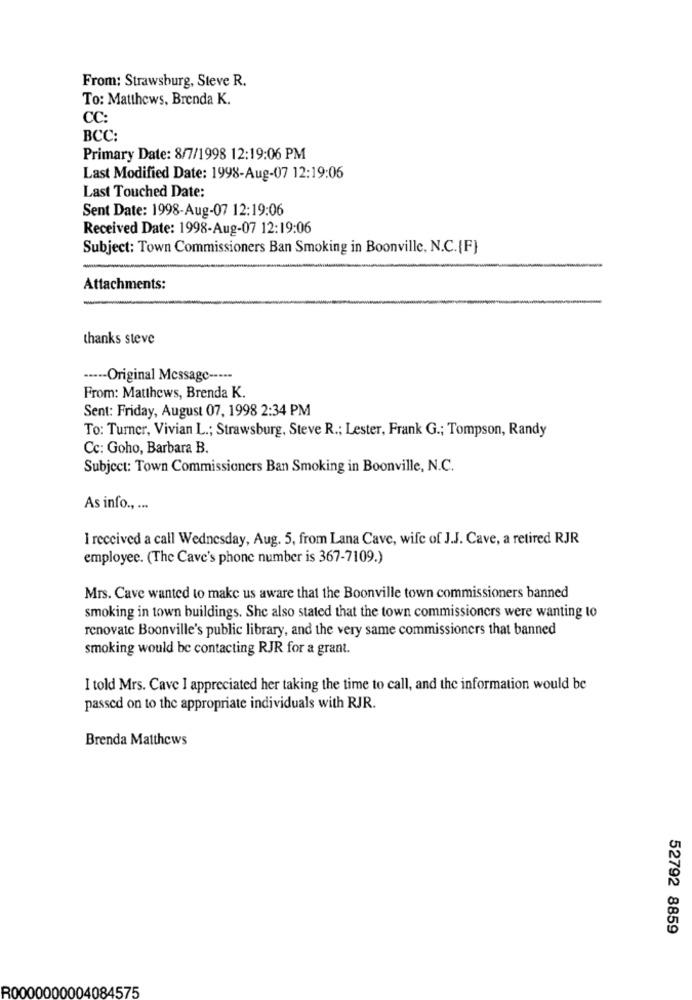
From: Strawsburg, Steve R.
To: Matthews, Brenda K.
CC:
BCC:
Primary Date: 8/7/1998 12:19:06 PM
Last Modified Date: 1998-Aug-07 12:19:06
Last Touched Date:
Sent Date: 1998-Aug-07 12:19:06
Received Date: 1998-Aug-07 12:19:06
Subject: Town Commissioners Ban Smoking in Boonville, N.C.{F}
Attachments:
thanks steve
----- Original Message -----
From: Matthews, Brenda K.
Sent: Friday, August 07, 1998 2:34 PM
To: Turner, Vivian L .; Strawsburg, Steve R .; Lester, Frank G .; Tompson, Randy
Cc: Goho, Barbara B.
Subject: Town Commissioners Ban Smoking in Boonville, N.C.
As info ., ...
I received a call Wednesday, Aug. 5, from Lana Cave, wife of J.J. Cave, a retired RJR
employee. (The Cave's phone number is 367-7109.)
Mrs. Cave wanted to make us aware that the Boonville town commissioners banned
smoking in town buildings. She also stated that the town commissioners were wanting to
renovate Boonville's public library, and the very same commissioners that banned
smoking would be contacting RJR for a grant.
I told Mrs. Cave I appreciated her taking the time to call, and the information would be
passed on to the appropriate individuals with RJR.
Brenda Matthews
52792 8859
R0000000004084575